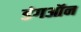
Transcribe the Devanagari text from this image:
डंगऑन